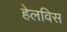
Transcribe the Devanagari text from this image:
हेलविस